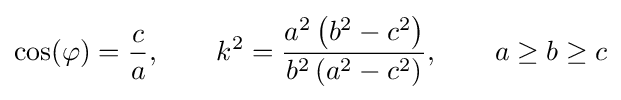
\cos(\varphi )={\frac {c}{a}},\qquad k^{2}={\frac {a^{2}\left(b^{2}-c^{2}\right)}{b^{2}\left(a^{2}-c^{2}\right)}},\qquad a\geq b\geq c